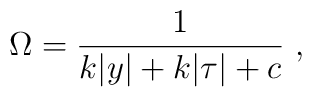
\Omega = {1\over\displaystyle {k|y| + k |\tau| +c}} ~,~\,